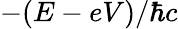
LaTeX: -(E-eV)/\hbar c